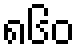
၈၆၀